Insane asylums Bombay 1873-77 - 1873-1877
Year: 1873
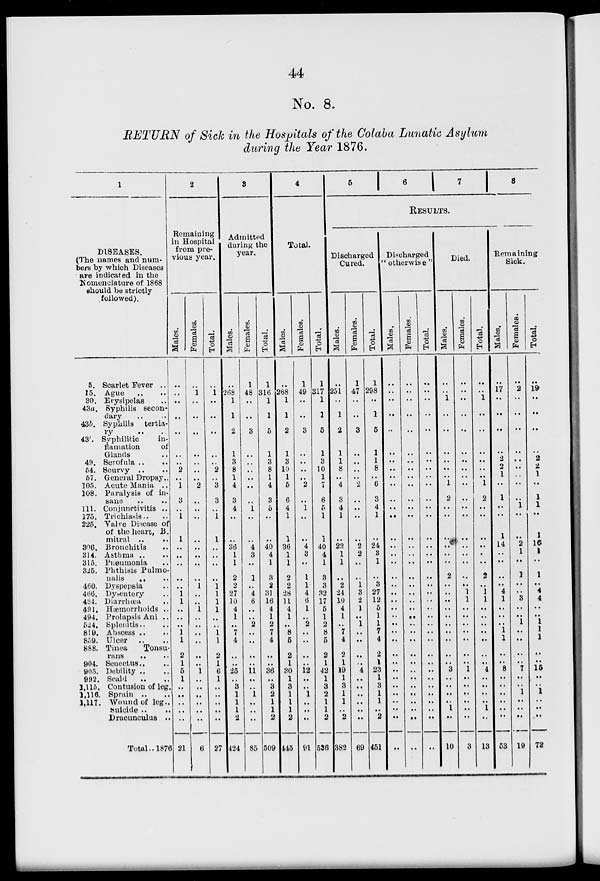
44
No. 8.
RETURN of Sick in the Hospitals of the Colaba Lunatic Asylum
during the Year 1876.
1
DISEASES.
(The names and num-
bers by which Diseases
are indicated in the
Nomenclature of 1868
should be strictly
followed).
5.
15.
30.
43a.
43b.
43.
49.
54.
57.
105.
108.
111.
175.
225.
306.
314.
315.
325.
460.
466.
484.
491.
494.
524.
819.
859.
888.
904.
905.
992.
1,115.
1,116.
1,117.
Scarlet Fever ..
Ague .. ..
Erysipeals ..
Syphilis secon-
dary .. ..
Syphilis
tertia-
ry .. ..
Syphilitic
in-
flamation of
Glands ..
Scrofula .. ..
Scurvy .. ..
General Dropsy..
Acute Mania ..
Paralysis of in-
sane .. ..
Conjunctivitis ..
Trichiasis.. ..
Valve Disease of
of the heart, B.
mitral
..
..
Bronchitis ..
Astama .. ..
Pneumonis ..
Phthisis Pulmo-
nalis ..
Dyspepsia ..
Dysentery ..
Diarrhœa ..
Hæmorrhoids ..
Prolapsis Ani ..
Splenitis.. ..
Abscess .. ..
Ulcer
.. ..
Tinea
Tonsu-
rans .. ..
Senectus .. ..
Debility .. ..
Scald .. ..
Contusion of leg.
Sprain .. ..
Wound of leg ..
Suicide .. ..
Dracuncalus ..
Total.. 1876
2
Remaining
in Hospital
from pre-
vious year.
Males.
..
..
..
..
..
..
..
2
..
1
3
..
1
1
..
..
..
..
..
1
1
..
..
..
1
1
2
1
5
1
..
..
..
..
..
21
Females.
..
1
..
..
..
..
..
..
..
2
..
..
..
..
..
..
..
..
1
..
..
1
..
..
..
..
..
..
1
..
..
..
..
..
..
6
Total.
..
1
..
..
..
..
..
2
..
3
3
..
1
1
..
..
..
..
1
1
1
1
..
..
1
1
2
1
6
1
..
..
..
..
..
27
3
Admitted
during the
year.
Males.
..
268
1
1
2
1
3
8
1
4
3
4
..
..
36
1
1
2
2
27
10
4
1
..
7
4
..
..
25
..
3
1
1
1
2
424
Females.
1
48
..
..
3
..
..
..
..
..
..
1
..
..
4
3
..
1
..
4
6
..
..
2
..
..
..
..
11
..
..
1
..
..
..
85
Total.
1
316
1
1
5
1
3
8
1
4
3
5
..
..
40
4
1
3
2
31
16
4
1
2
7
4
..
..
36
..
3
2
1
1
2
509
4
Total.
Males.
..
268
1
1
2
1
3
10
1
5
6
4
1
1
36
1
1
2
2
28
11
4
1
..
8
5
2
1
30
1
3
1
1
1
2
445
Females.
1
49
..
..
3
..
..
..
..
2
..
1
..
..
4
3
..
1
1
4
6
1
..
2
..
..
..
..
12
..
..
1
..
..
..
91
Total.
1
317
1
1
5
1
3
10
1
7
6
5
1
1
40
4
1
3
3
32
17
5
1
2
8
5
2
1
42
1
3
2
1
1
2
536
5 6 7
8
RESULTS.
Discharged
Cured.
Males.
..
251
..
1
2
1
1
8
..
4
3
4
1
..
22
1
1
..
2
24
10
4
1
..
7
4
2
1
19
1
3
1
1
..
2
382
Females.
1
47
..
..
3
..
..
..
..
2
..
..
..
..
2
2
..
..
1
3
2
1
..
1
..
..
..
..
4
..
..
..
..
..
..
69
Total.
1
298
..
1
5
1
1
8
..
6
3
4
1
..
24
3
1
..
3
27
12
5
1
1
7
4
2
1
23
1
3
1
1
..
2
451
Discharged
" otherwise "
Males.
..
..
..
..
..
..
..
..
..
..
..
..
..
..
..
..
..
..
..
..
..
..
..
..
..
..
..
..
..
..
..
..
..
..
..
..
Females.
..
..
..
..
..
..
..
..
..
..
..
..
..
..
..
..
..
..
..
..
..
..
..
..
..
..
..
..
..
..
..
..
..
..
..
..
Total.
..
..
..
..
..
..
..
..
..
..
..
..
..
..
..
..
..
..
..
..
..
..
..
..
..
..
..
..
..
..
..
..
..
..
..
..
Died.
Males.
..
..
1
..
..
..
..
..
..
1
2
..
..
..
..
..
..
2
..
..
..
..
..
..
..
..
..
..
3
..
..
..
..
1
..
10
Females.
..
..
..
..
..
..
..
..
..
..
..
..
..
..
..
..
..
..
..
1
1
..
..
..
..
..
..
..
1
..
..
..
..
..
..
3
Total.
..
..
1
..
..
..
..
..
..
1
2
..
..
..
..
..
..
2
..
1
1
..
..
..
..
..
..
..
4
..
..
..
..
1
..
13
Remaining
Sick.
Males.
..
17
..
..
..
..
2
2
1
..
1
..
..
1
14
..
..
..
..
4
1
..
..
..
1
1
..
..
8
..
..
..
..
..
..
53
Females.
..
2
..
..
..
..
..
..
..
..
..
1
..
..
2
1
..
1
..
..
3
..
..
1
..
..
..
..
7
..
..
1
..
..
..
19
Total.
..
19
..
..
..
..
2
2
1
..
1
1
..
1
16
1
..
1
..
4
4
..
..
1
1
1
..
..
15
..
..
1
..
..
..
72